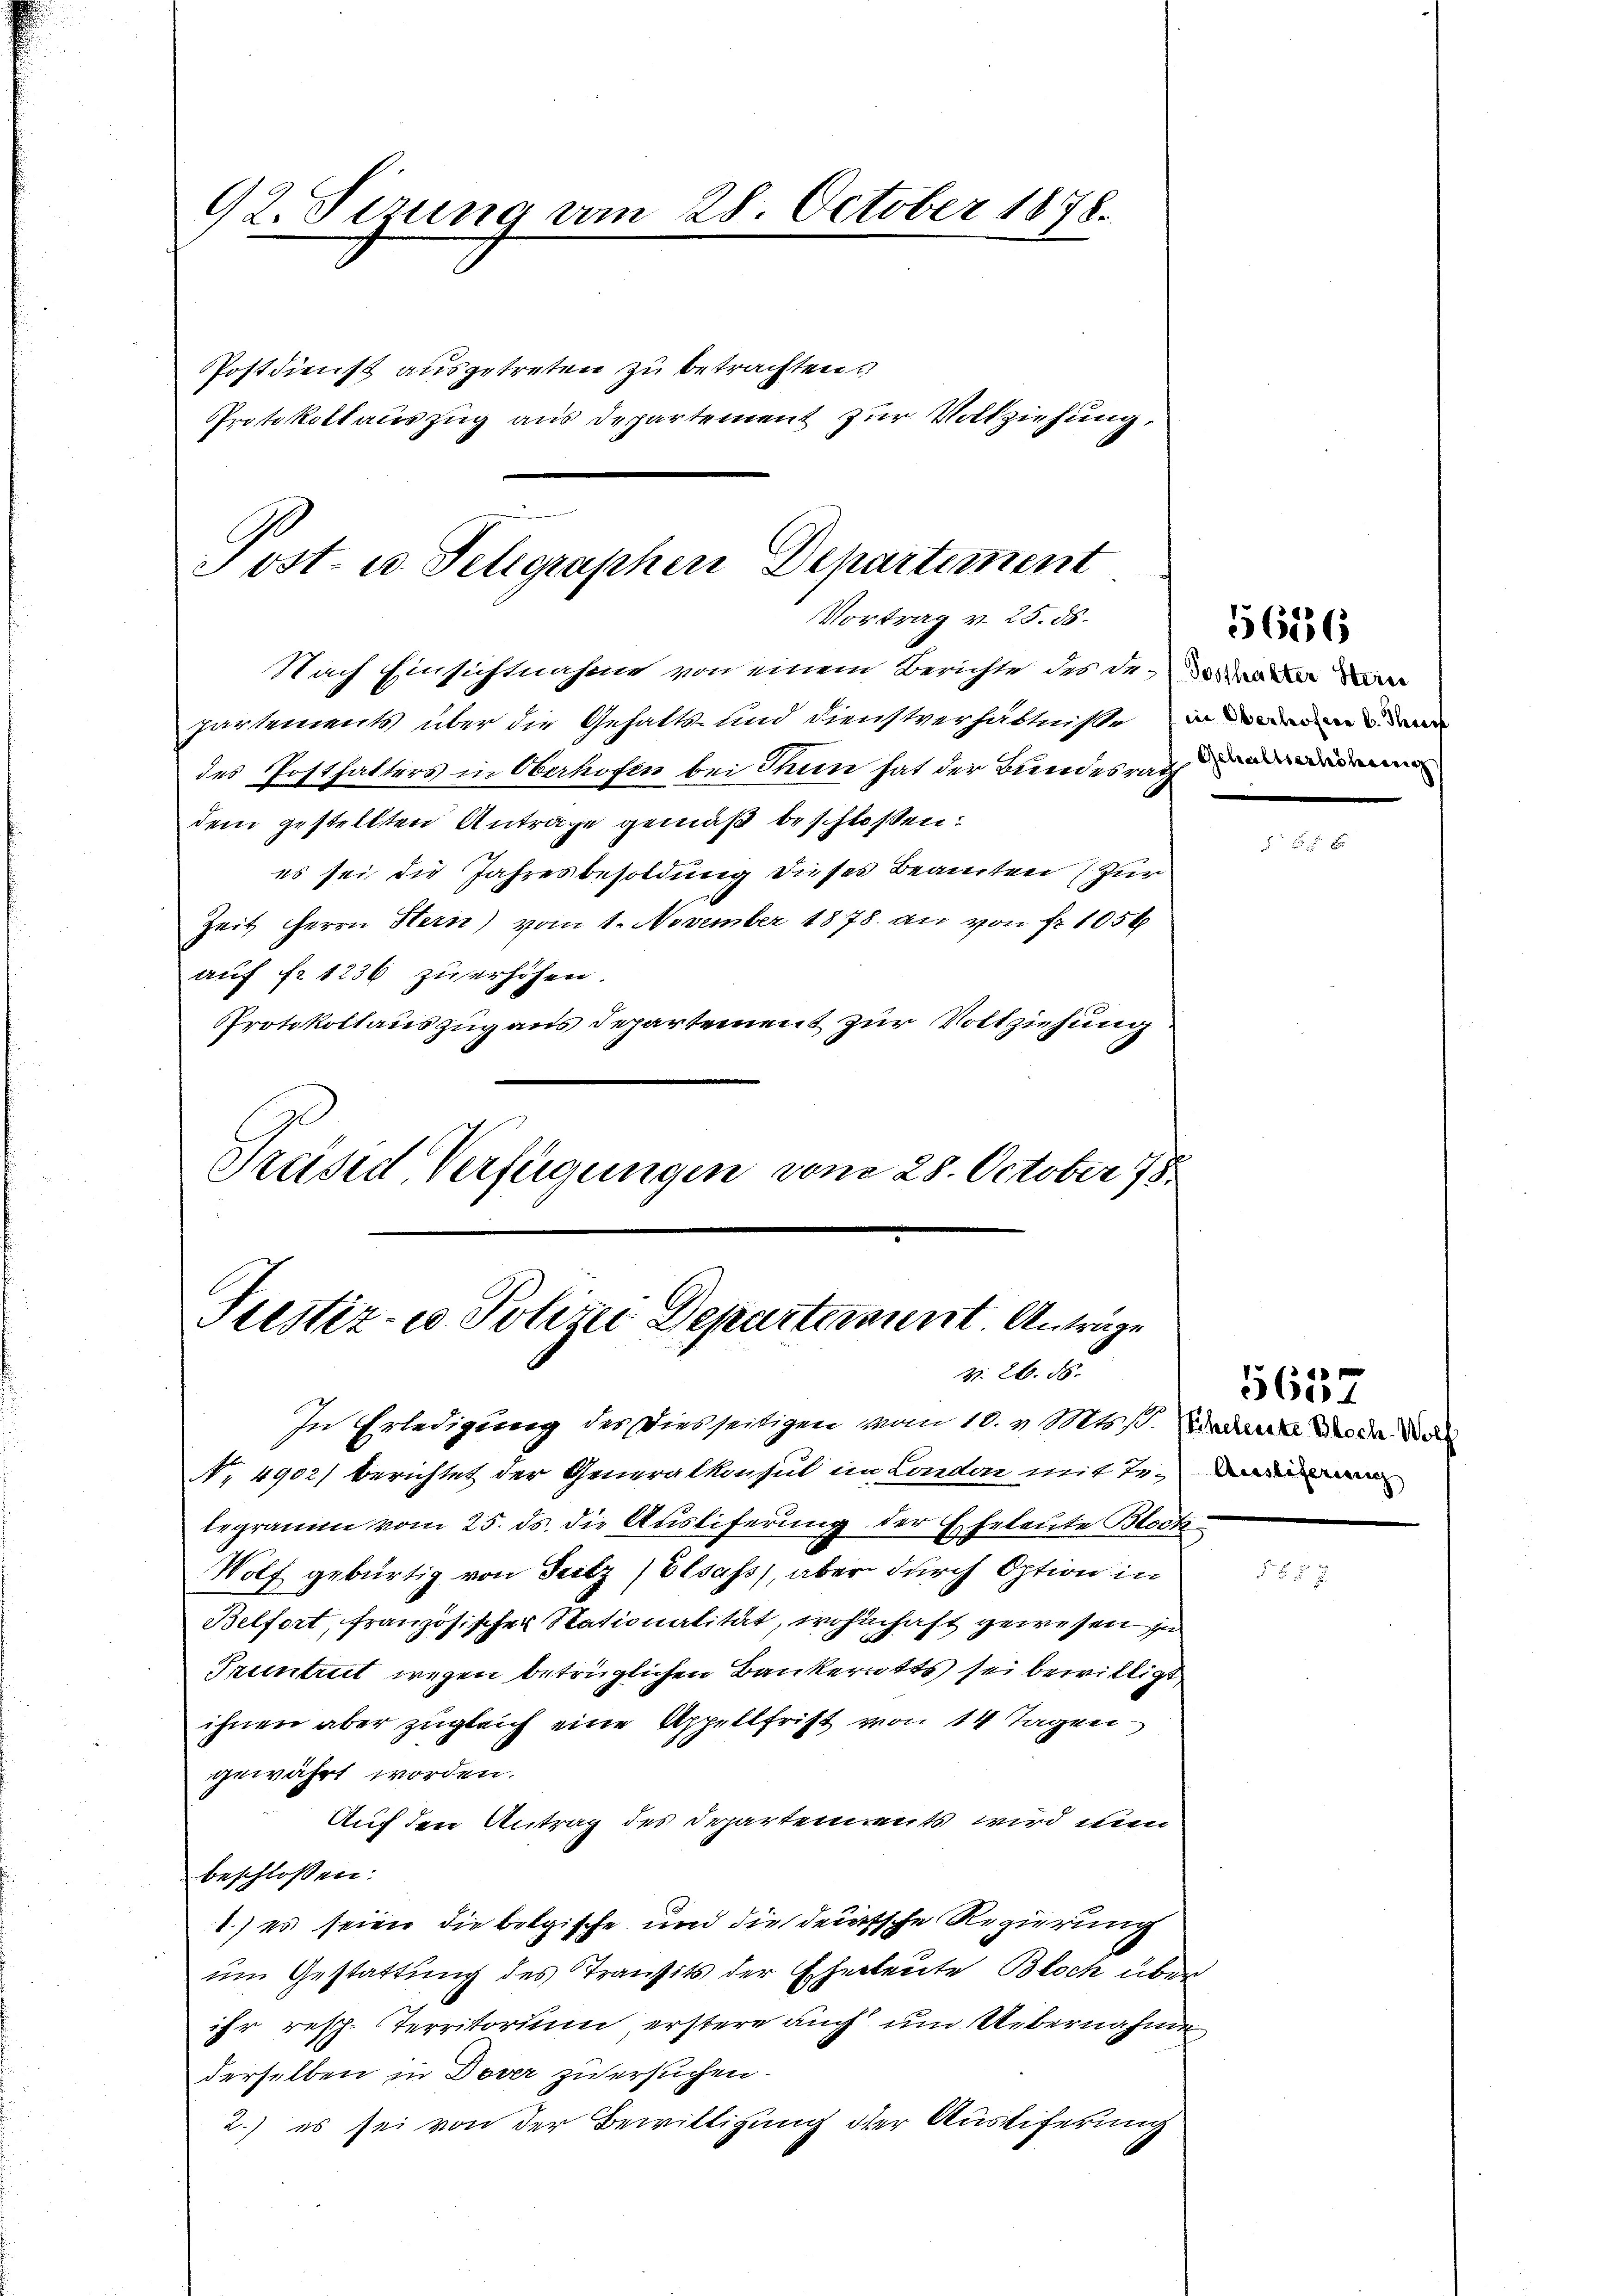
92. Sizung vom 28. October 1878.

Postdienst ausgetreten zu betrachtens
PProtokollauszug aus Departement zur Vollziehung,

Post- u. Telegraphen Departement
Vortrag v. 25. 56.

Nach Einsichtnahme von einem Berichte des der
partements über die Gehalts- und Dienstverhältnißen
des Posthalters in Oberhofen bei Thun hat der Bundesrath
dem gestellten Anträge gemäß beschloßen:
es sei die Jahresbesoldung dieses Beamten zur
Zeit Herrn Hern) vom 1. November 1878. an von fr. 1056
auf fr. 1236 zu erhöhen.
PProtokollauszug aus Departement zur Vollziehung
Preised Verfügungen vom 28. October 178

Justiz- u. Polizei Departement. Anträge
v. 2. 58.

In Erledigung des Diesseitigen vom 10. v. Mts. s. Baden der da die
No. 4902) berichtet der Generalkonsul in London mit Telegramm vom 25. ds. die Ausliferung der
Eheleute Block
Wolf gebürtig von Seitz (Elsass, aber durch Option in
Belfort, französischer Stationalität, wohnhaft gewesen in
Pruntrut wegen betrüglichen Bankerotts sei bewilligt
ihnen aber zugleich eine Appellfrist von 14 Tagen
gewährt worden.
Auf den Antrag des Departements wird nun
beschlossen:
1.) es seien die belgische und die deutsche Regierung
um Gestattung des Transits der Eheleute Bloch über
ihr resp. Territorium erstere auch um Uebernahme
derselben in Dover zu ersuchen.
2.) es sei von der Bewilligung der Austiferung

56236

5637